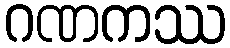
ဂဏကဿ